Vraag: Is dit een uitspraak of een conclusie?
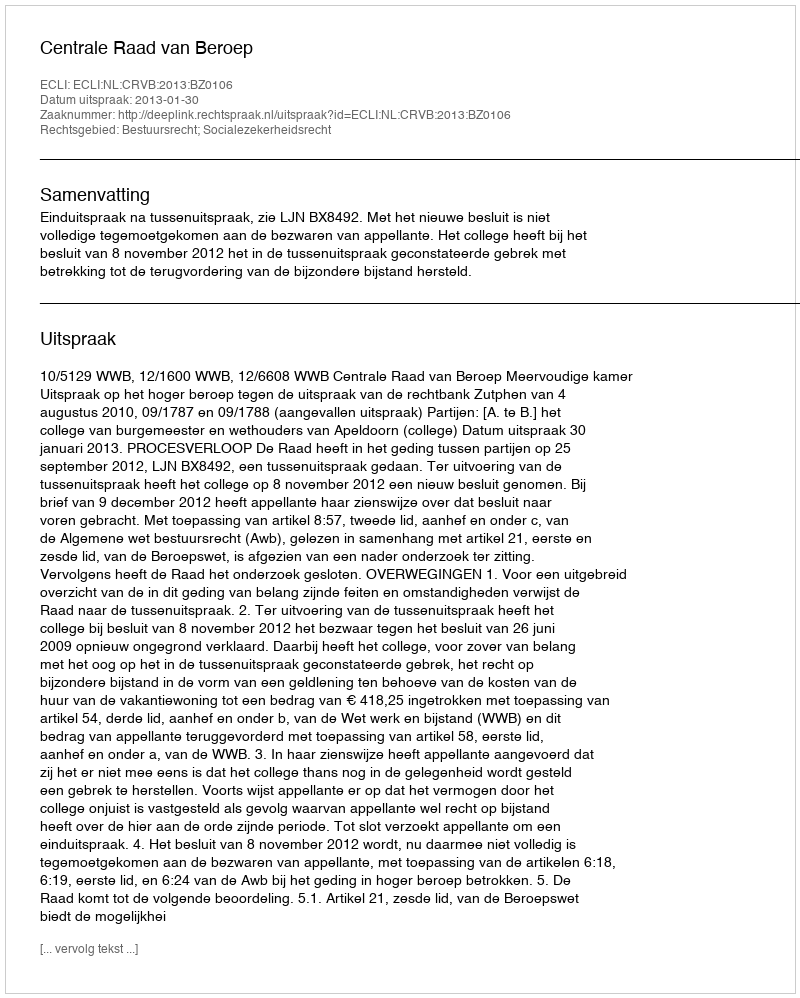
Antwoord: Uitspraak